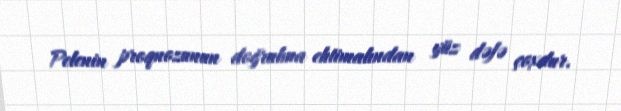
Pelenin proqnozunun doğrulma ehtimalından yüz dəfə çoxdur.